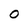
Character: O